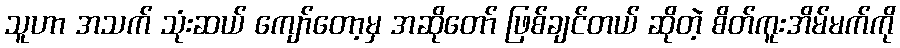
သူဟာ အသက် သုံးဆယ် ကျော်တော့မှ အဆိုတော် ဖြစ်ချင်တယ် ဆိုတဲ့ စိတ်ကူးအိမ်မက်ကို